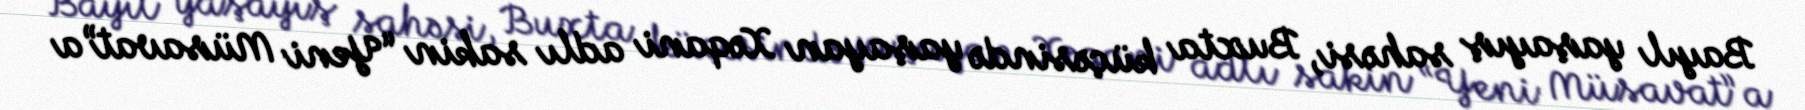
Bayıl yaşayış sahəsi, Buxta küçəsində yaşayan Xəqani adlı sakin “Yeni Müsavat”a